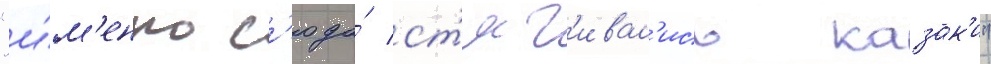
"и́м'енно с'юда́ ст'яг'ивал'ись казак'и"